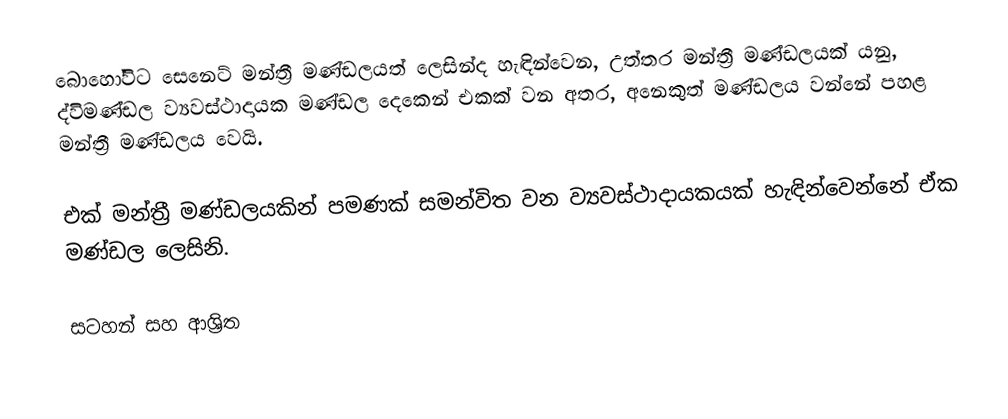
බොහෝවිට සෙනෙට් මන්ත්‍රී මණ්ඩලයත් ලෙසින්ද හැඳින්වෙන, උත්තර මන්ත්‍රී මණ්ඩලයක් යනු,  ද්විමණ්ඩල ව්‍යවස්ථාදායක මණ්ඩල දෙකෙන් එකක් වන අතර, අනෙකුත් මණ්ඩලය වන්නේ පහළ මන්ත්‍රී මණ්ඩලය වෙයි.

එක් මන්ත්‍රී මණ්ඩලයකින් පමණක් සමන්විත වන ව්‍යවස්ථාදායකයක් හැඳින්වෙන්නේ ඒක මණ්ඩල ලෙසිනි.

සටහන් සහ ආශ්‍රිත